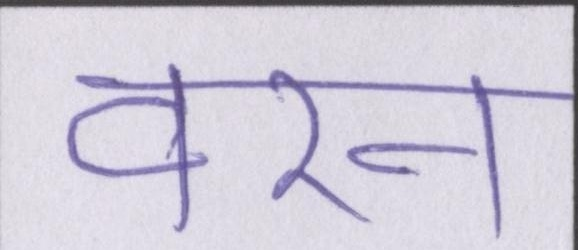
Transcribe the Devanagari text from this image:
वरन